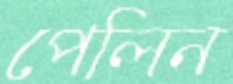
পেলিন